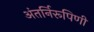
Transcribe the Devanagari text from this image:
अंतर्निरूपिणी